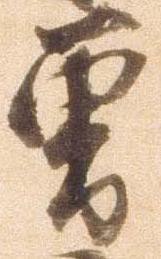
曽